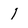
Character: 1